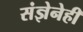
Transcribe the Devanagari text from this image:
संज्ञेनेही